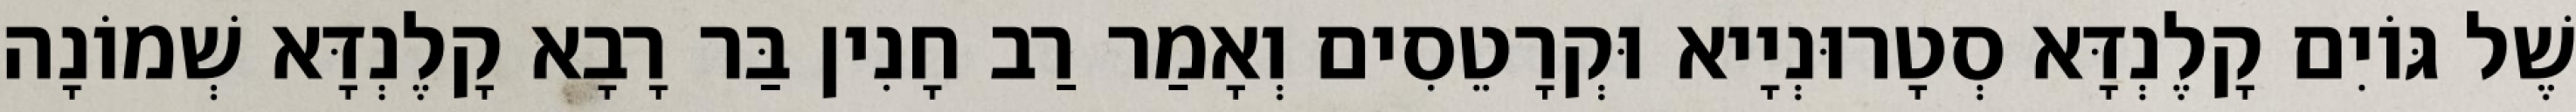
שֶׁל גּוֹיִם קָלֶנְדָּא סְטָרוּנְיָיא וּקְרָטֵסִים וְאָמַר רַב חָנִין בַּר רָבָא קָלֶנְדָּא שְׁמוֹנָה